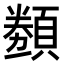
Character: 𬱋